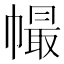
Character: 𢄸